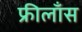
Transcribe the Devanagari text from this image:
फ्रीलाँस